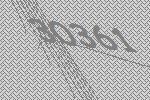
30361